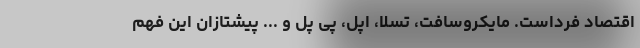
اقتصاد فرداست. مایکروسافت، تسلا، اپل، پی پل و ... پیشتازان این فهم